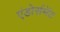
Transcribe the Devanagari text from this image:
एंडोर्समेंट